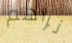
نراهم